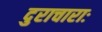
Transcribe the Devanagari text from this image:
दुराचाराः